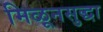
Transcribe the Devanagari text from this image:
मिळूनसुद्धा